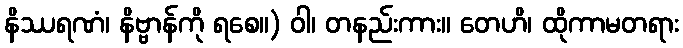
နိဿရဏံ၊ နိဗ္ဗာန်ကို ရစေ။) ဝါ၊ တနည်းကား။ တေဟိ၊ ထိုကာမတရား